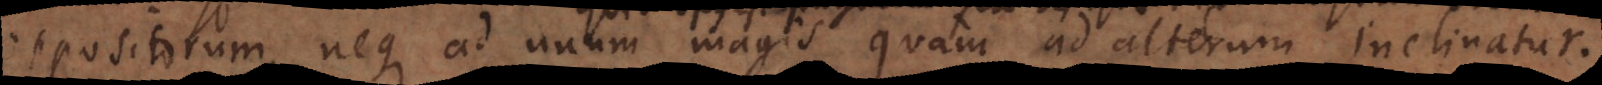
oppositorum, neque ad unum magis quam ad alterum inclinatur.